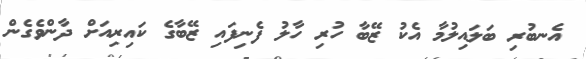
އެނބުރި ބަލައިލުމާ އެކު ޒޭބާ ހުރި ހާލު ފެނިފައި ޒޭބާގެ ކައިރިއަށް ދާންވެގެން